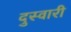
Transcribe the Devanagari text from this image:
दुस्वारी